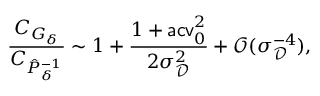
\frac { C _ { G _ { \delta } } } { C _ { \hat { P } _ { \delta } ^ { - 1 } } } \sim 1 + \frac { 1 + \mathsf { a c v } _ { 0 } ^ { 2 } } { 2 \sigma _ { \mathscr D } ^ { 2 } } + \mathcal O ( \sigma _ { \mathscr D } ^ { - 4 } ) ,